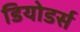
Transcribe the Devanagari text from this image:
डियोडर्स